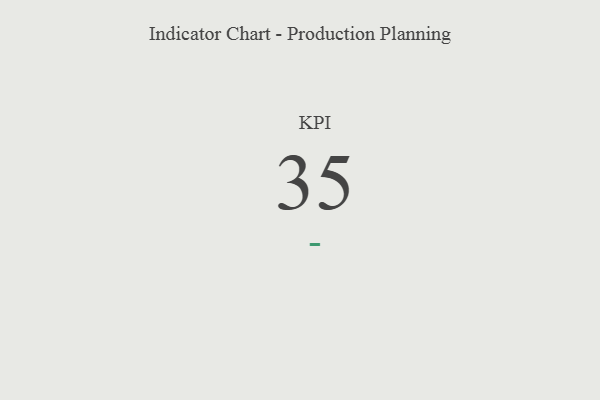
{"axis": {"x": "KPI", "y": "Value"}, "legend": [""], "data": [{"x": "KPI", "y": 35, "type": ""}]}